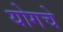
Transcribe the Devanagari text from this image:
योगचे